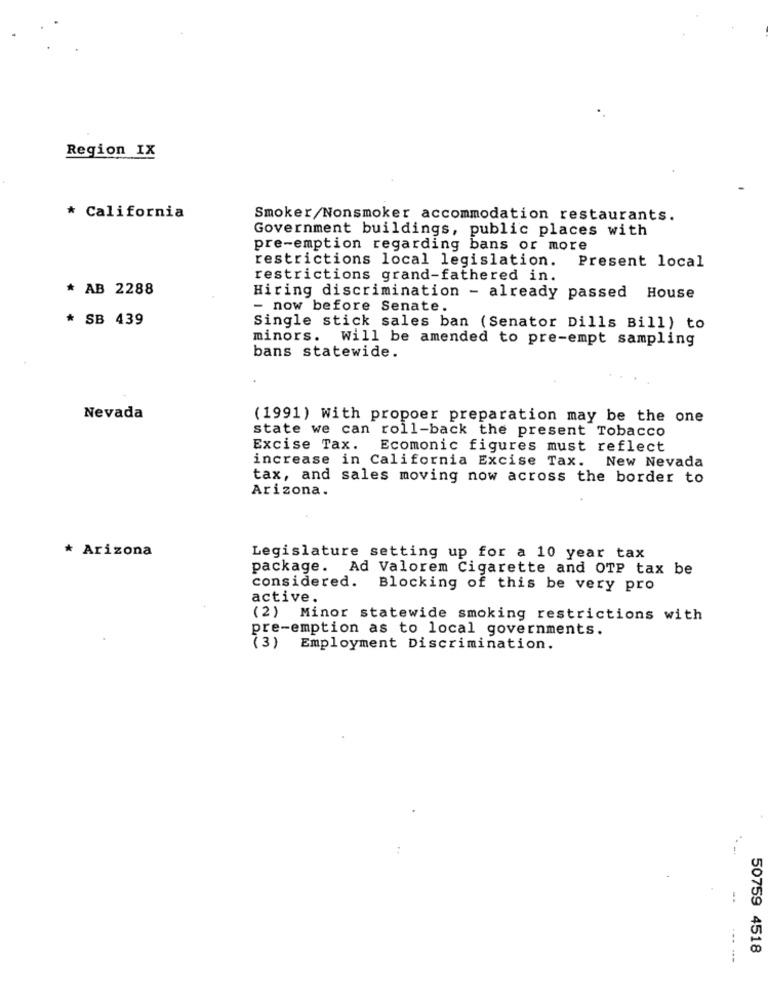
Region IX
* California
Smoker/Nonsmoker accommodation restaurants.
Government buildings, public places with
pre-emption regarding bans or more
restrictions local legislation. Present local
restrictions grand-fathered in.
* AB 2288
Hiring discrimination - already passed House
- now before Senate.
* SB 439
Single stick sales ban (Senator Dills Bill) to
minors. Will be amended to pre-empt sampling
bans statewide.
Nevada
(1991) with propoer preparation may be the one
state we can roll-back the present Tobacco
Excise Tax.
Ecomonic figures must reflect
increase in California Excise Tax. New Nevada
tax, and sales moving now across the border to
Arizona.
* Arizona
Legislature setting up for a 10 year tax
package. Ad Valorem Cigarette and OTP tax be
considered. Blocking of this be very pro
active.
(2) Minor statewide smoking restrictions with
pre-emption as to local governments.
(3) Employment Discrimination.
50759 4518